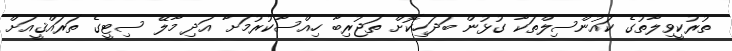
ތުރުކީވިލާތުގެ ކައުންސިލްތަކާ ގުޅުން ބަދަހިކޮށް ތަޖުރިބާ ހިއްސާކުރުމަށާ އަދި މާލޭ ސިޓީގެ ތަރައްޤީއަށް